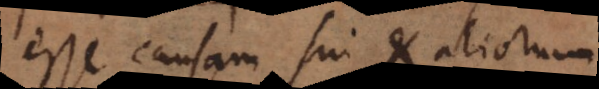
esse causam sui et aliorum.